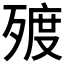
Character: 𣨲